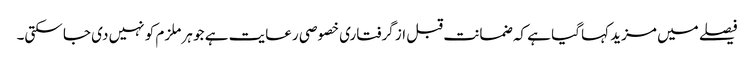
فیصلے میں مزید کہا گیا ہے کہ ضمانت قبل از گرفتاری خصوصی رعایت ہے جو ہر ملزم کو نہیں دی جا سکتی۔